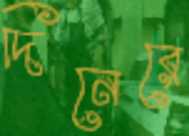
দিনেরে